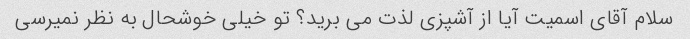
سلام آقای اسمیت آیا از آشپزی لذت می برید؟ تو خیلی خوشحال به نظر نمیرسی